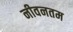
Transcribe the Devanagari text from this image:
नीवनतम